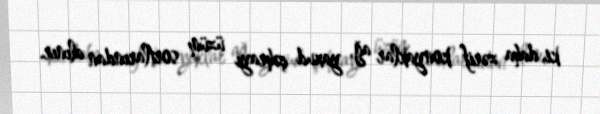
ki, daha zərif konyaklar ağ, yaxud çəhrayı üzüm sortlarından alınır.